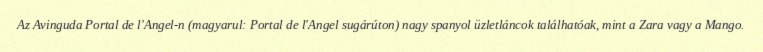
Az Avinguda Portal de l'Angel-n (magyarul: Portal de l'Angel sugárúton) nagy spanyol üzletláncok találhatóak, mint a Zara vagy a Mango.